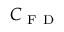
C _ { \mathrm { ~ F ~ D ~ } }